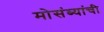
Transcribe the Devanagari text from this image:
मोसंब्यांची